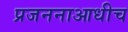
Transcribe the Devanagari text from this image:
प्रजननाआधीच